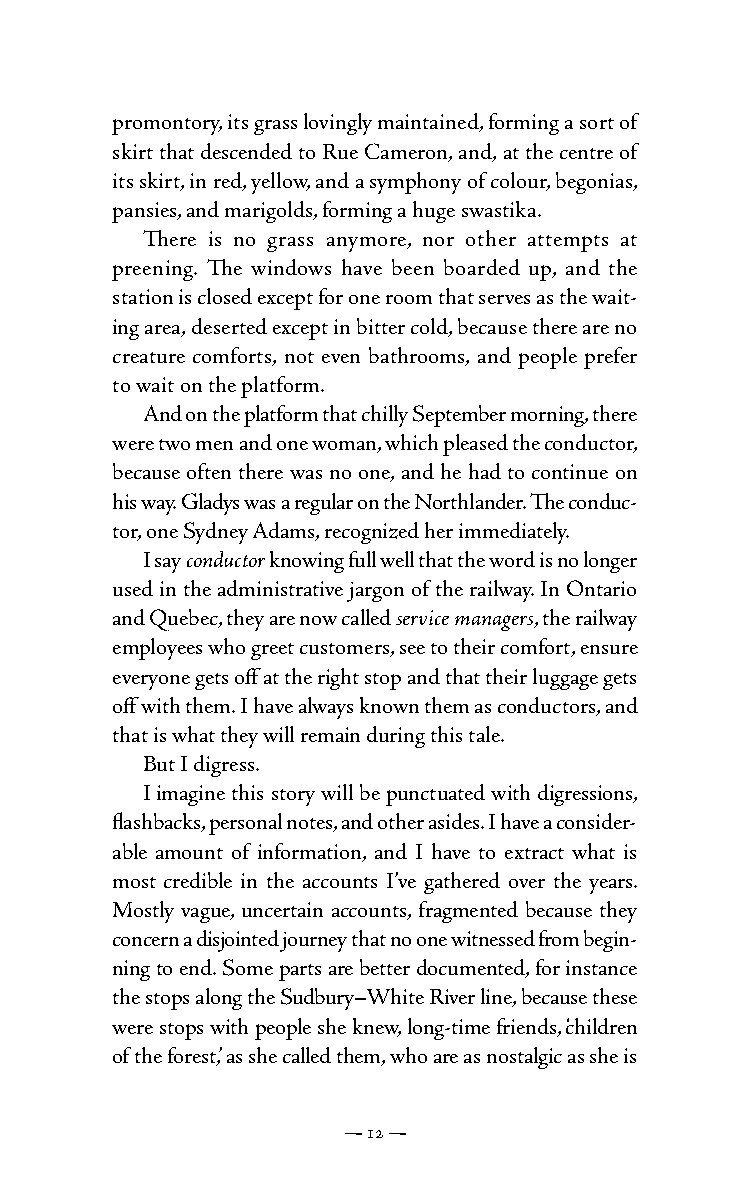
promontory, its grass lovingly maintained, forming a sort of
 skirt that descended to Rue Cameron, and, at the centre of
 its skirt, in red, yellow, and a symphony of colour, begonias,
 pansies, and marigolds, forming a huge swastika.
 There is no grass anymore, nor other attempts at
 preening. The windows have been boarded up, and the
 station is closed except for one room that serves as the wait-
 ing area, deserted except in bitter cold, because there are no
 creature comforts, not even bathrooms, and people prefer
 to wait on the platform.
 And on the platform that chilly September morning, there
 were two men and one woman, which pleased the conductor,
 because often there was no one, and he had to continue on
 his way. Gladys was a regular on the Northlander. The conduc-
 tor, one Sydney Adams, recognized her immediately.
 I say conductor knowing full well that the word is no longer
 used in the administrative jargon of the railway. In Ontario
 and Quebec, they are now called service managers, the railway
 employees who greet customers, see to their comfort, ensure
 everyone gets off at the right stop and that their luggage gets
 off with them. I have always known them as conductors, and
 that is what they will remain during this tale.
 But I digress.
 I imagine this story will be punctuated with digressions,
 flashbacks, personal notes, and other asides. I have a consider-
 able amount of information, and I have to extract what is
 most credible in the accounts I’ve gathered over the years.
 Mostly vague, uncertain accounts, fragmented because they
 concern a disjointed journey that no one witnessed from begin-
 ning to end. Some parts are better documented, for instance
 the stops along the Sudbury–White River line, because these
 were stops with people she knew, long-time friends, ‘children
 of the forest,’ as she called them, who are as nostalgic as she is
 — 12 —